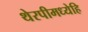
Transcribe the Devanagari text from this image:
थेरपीमध्येहि